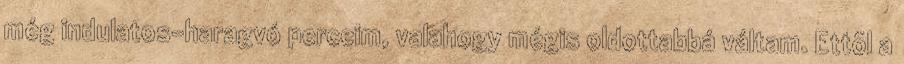
még indulatos-haragvó perceim, valahogy mégis oldottabbá váltam. Ettõl a